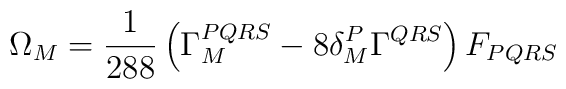
\Omega_{M} = {1 \over 288} \left( \Gamma_{M}^{PQRS} - 8 \delta^P_M \Gamma^{QRS} \right) F_{PQRS}